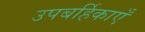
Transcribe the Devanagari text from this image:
उपबर्हिकाएँ